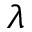
\lambda